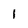
Character: 1